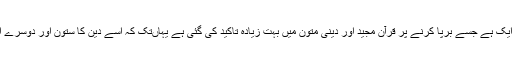
نماز مسلمانوں کی اہم ترین عباتوں میں سے ایک ہے جسے برپا کرنے پر قرآن مجید اور دینی متون میں بہت زیادہ تاکید کی گئی ہے یہاںتک کہ اسے دین کا ستون اور دوسرے اعمال کے قبول ہونے کی شرط قرار دیا ہے۔